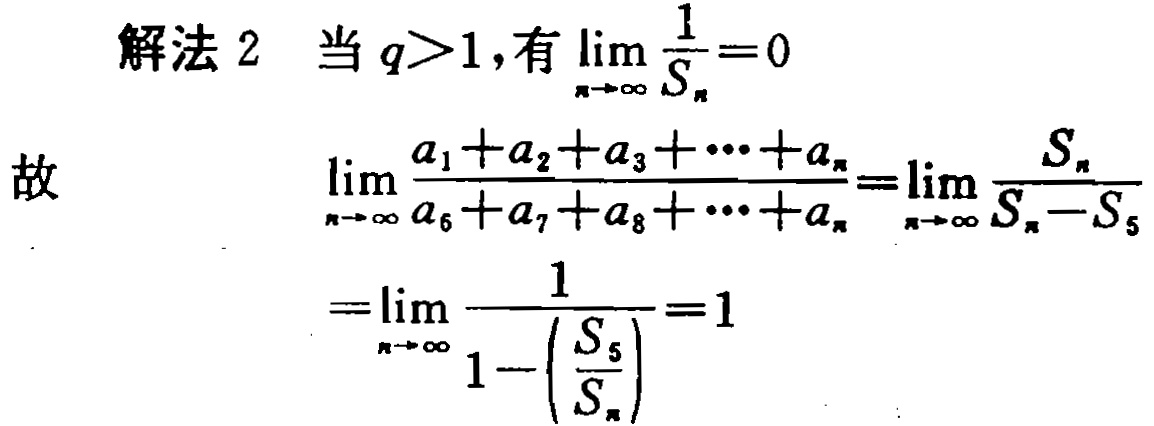
解法 2 当 \(q>1\),有 \(\lim_{n \to \infty} \frac{1}{S_{n}} = 0\)
故
\[\begin{align*}
&\lim_{n \to \infty} \frac{a_{1}+a_{2}+a_{3}+\cdots +a_{n}}{a_{6}+a_{7}+a_{8}+\cdots +a_{n}}=\lim_{n \to \infty} \frac{S_{n}}{S_{n}-S_{5}}\\
=&\lim_{n \to \infty} \frac{1}{1 - \left(\frac{S_{5}}{S_{n}}\right)} = 1
\end{align*}\]